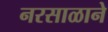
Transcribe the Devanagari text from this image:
नरसाळाने